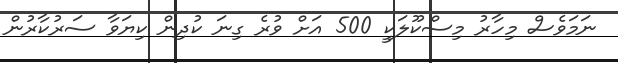
ނަމަވެސް މިހާރު މިސްކޫލަކީ 500 އަށް ވުރެ ގިނަ ކުދިން ކިޔަވާ ސަރުކާރުން